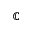
\mathbb { C }